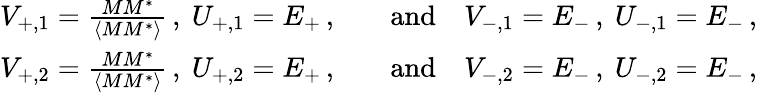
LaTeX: \begin{array}{rl}{V_{+,1}=\frac{MM^{*}}{\langle MM^{*}\rangle}\, ,\ U_{+,1}=E_{+}\, ,\quad}&{\mathrm{and}\quad V_{-,1}=E_{-}\, ,\ U_{-,1}=E_{-}\, ,}\\ {V_{+,2}=\frac{MM^{*}}{\langle MM^{*}\rangle}\, ,\ U_{+,2}=E_{+}\, ,\quad}&{\mathrm{and}\quad V_{-,2}=E_{-}\, ,\ U_{-,2}=E_{-}\, ,}\end{array}